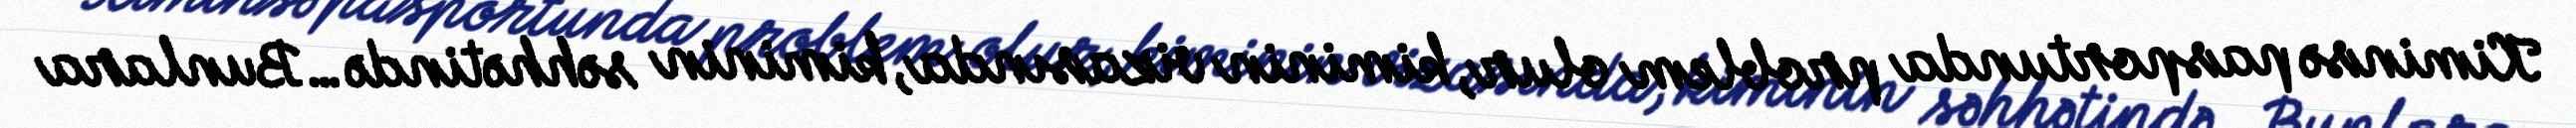
Kiminsə pasportunda problem olur, kiminin vizasında, kiminin səhhətində…Bunlara